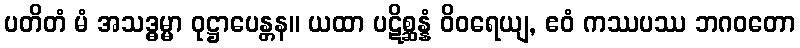
ပတိတံ မံ အသဒ္ဓမ္မာ ဝုဋ္ဌာပေန္တန။ ယထာ ပဋိစ္ဆန္နံ ဝိဝရေယျ, ဧဝံ ကဿပဿ ဘဂဝတော